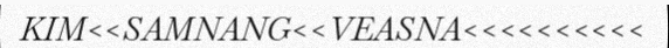
KIM<<SAMNANG<<VEASNA<<<<<<<<<<